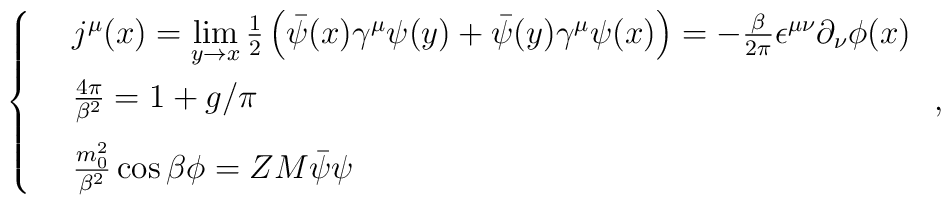
\left \{\begin{array}{ll}& j^{\mu}(x) = \lim\limits_{y\rightarrow x}\frac{1}{2}\left(\bar{\psi}(x)\gamma^{\mu}\psi(y) + \bar{\psi}(y)\gamma^\mu\psi(x)\right) = -\frac{\beta}{2\pi}\epsilon^{\mu\nu}\partial_{\nu}\phi(x)\\[3mm] &\frac{4\pi}{\beta^2} = 1 + g/\pi \\[3mm] &\frac{m_0^2}{\beta^2}\cos \beta\phi =  Z M \bar{\psi}\psi \end{array}\right.,